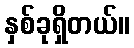
နှစ်ခုရှိတယ်။